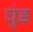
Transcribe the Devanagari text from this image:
घुंड